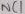
Text: NC1